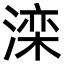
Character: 滦